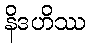
နိဒဟိဿ